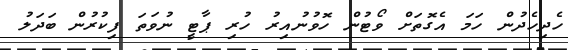
ހެދިހެދުން ހަމަ އެގޮތަށް ވޯޓުން ހޮވުނުއިރު ހުރި ޕާޓީ ނުވަތަ ފިކުރުން ބަދަލު